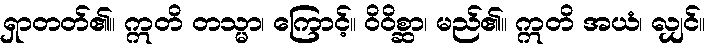
ရှာတတ်၏။ ဣတိ တသ္မာ၊ ကြောင့်။ ဝိဝိစ္ဆာ၊ မည်၏။ ဣတိ အယံ၊ လျှင်။